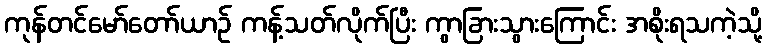
ကုန်တင်မော်တော်ယာဉ် ကန့်သတ်လိုက်ပြီး ကွာခြားသွားကြောင်း အစိုးရသကဲ့သို့